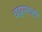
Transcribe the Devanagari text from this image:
चंद्रासाठी